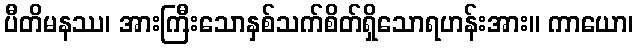
ပီတိမနဿ၊ အားကြီးသောနှစ်သက်စိတ်ရှိသောရဟန်းအား။ ကာယော၊